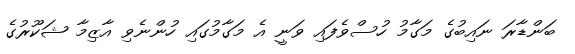
ބަންޑާރަ ނައިބުގެ މަގާމު ހުސްވެފައި ވަނީ އެ މަގާމުގައި ހުންނެވި އާޒިމާ ޝަކޫރުގެ